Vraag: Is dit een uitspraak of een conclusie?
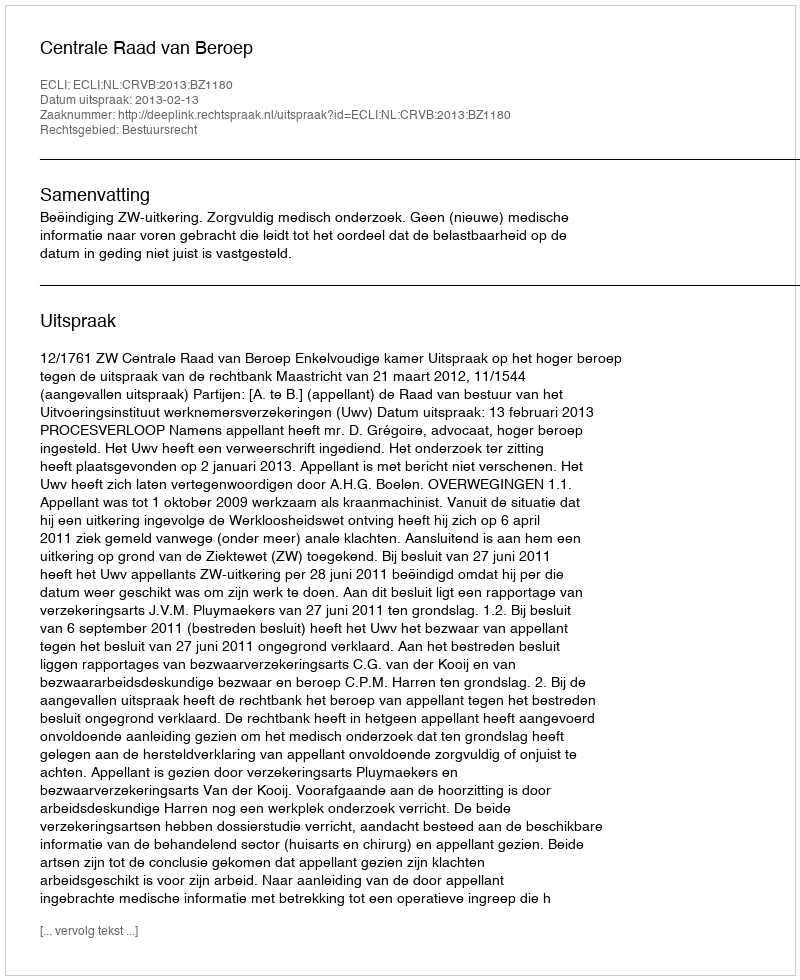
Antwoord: Uitspraak